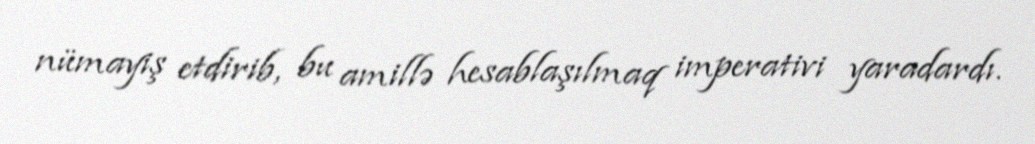
nümayiş etdirib, bu amillə hesablaşılmaq imperativi yaradardı.